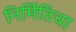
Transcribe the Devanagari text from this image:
निर्मितिचा